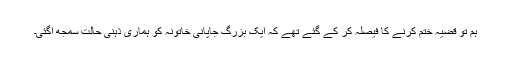
ہم تو قضیہ ختم کرنے کا فیصلہ کر کے گئے تھے کہ ایک بزرگ جاپانی خاتونہ کو ہماری ذہنی حالت سمجھ آگئی۔